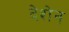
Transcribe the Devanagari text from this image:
देशेन